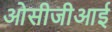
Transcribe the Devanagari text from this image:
ओसीजीआई